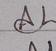
Signature authenticity: genuine